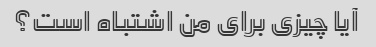
آیا چیزی برای من اشتباه است؟